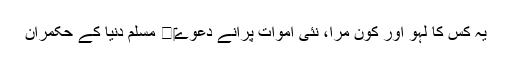
یہ کس کا لہو اور کون مرا، نئی اموات پرانے دعوے‎	 مسلم دنیا کے حکمران